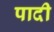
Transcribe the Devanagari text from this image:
पादी